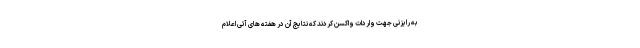
به رایزنی جهت واردات واکسن کردند که نتایج آن در هفته های آتی اعلام